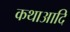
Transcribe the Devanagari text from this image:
कथाआदि